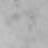
わ